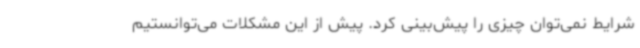
شرایط نمی‌توان چیزی را پیش‌بینی کرد. پیش از این مشکلات می‌توانستیم